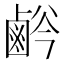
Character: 𱊸